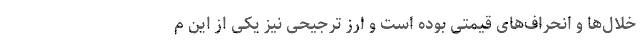
خلال‌ها و انحراف‌های قیمتی بوده است و ارز ترجیحی نیز یکی از این م